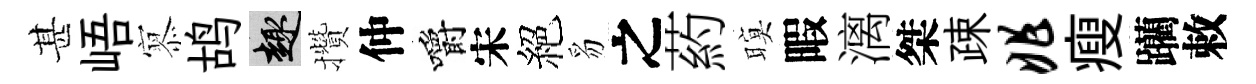
甚峿𡪹鸪趣攢仲嚼宋絕豸之葯暝暇漓桀疎兆瘦躪敕